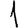
Digit: 1